system: You are a helpful assistant.
user:
Analyze the provided spectrum to determine if it is a **Carbon Star (C-type)**.

- **Key Visual Indicators of Carbon Star:**
    - **(Primary):** Strong molecular absorption from **C₂ (diatomic carbon) "Swan Bands."** This is the **defining feature** of a carbon star.
        - **(Key Bandheads):** Sharp absorption edges are visible at approximately $5635$ Å, $5165$ Å (the strongest band), and $4737$ Å.
        - **(Line Profile):** Creates a distinct **"saw-tooth"** pattern. The key morphology is a sharp, steep bandhead on the **red (long-wavelength) side**, which then gradually tapers off (i.e., flux recovers) towards the **blue (short-wavelength) side**. *(This is the direct opposite of the TiO bands seen in M-type stars)*.

    - **(Secondary):** Intense **CN (cyanogen)** molecular absorption bands.
        - **(Key Bandheads):** Located in the blue and violet regions of the spectrum (e.g., near $4215$ Å and $3883$ Å).
        - **(Morphology):** These bands are extremely broad and act as a "blanket," absorbing the vast majority of blue and violet light. This creates a characteristic **"cliff"** or **"steep drop-off"** in the spectrum's flux at short wavelengths.

    - **(Key Confirmation):** Strong **CH absorption band (G-band)**.
        - **(Key Bandhead):** Located around $4300$ Å. The contribution from CH molecules to this band is exceptionally strong.

    - **(Overall Spectrum):**
        - The continuum is severely "chopped up" by these deep molecular bands, especially C₂, rather than appearing as a smooth curve.
        - Due to the heavy CN and C₂ absorption in the blue-green, the vast majority of the star's flux is concentrated in the red part of the spectrum, giving the star its characteristic deep red color.

Think first, call **spectral_visualization_tool** if needed to examine features in detail, then provide your final answer. Your response must adhere to the following strict rules:
1.  **Overall Structure:** Your response must follow the format `<think>...</think> <tool_call>...</tool_call> (if a tool is used) <answer>...</answer>`.
2.  **Tool Usage Constraint:** You may only make **one** tool call per turn.
3.  **Final Answer Format:** In the `<answer>` tag, your conclusion must be inside a `\boxed{}` command (e.g., `\boxed{YES}`), followed by your justification.

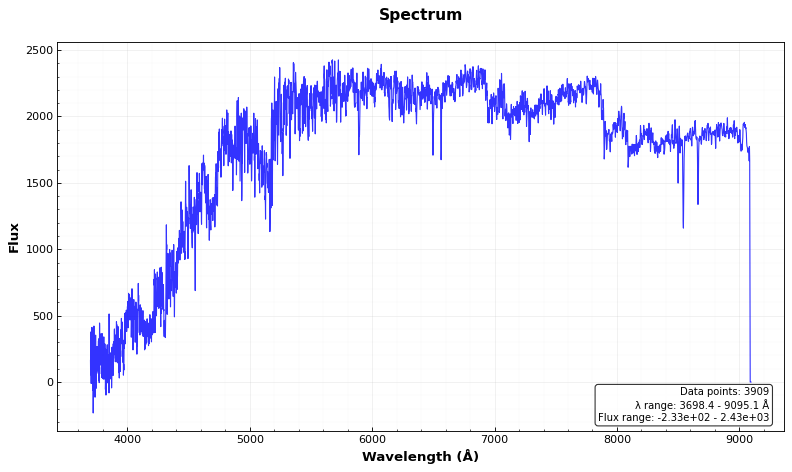
Answer: YES